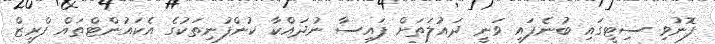
ފޮނުވި ސިޓީގައި ބުނެފައި ވަނީ ދައުލަތަށް ފައިސާ ނުދައްކާ ކުންފުނިތަކުގެ އެކައުންޓްތައް ފްރީޒް